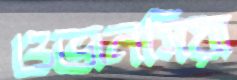
ওভানসিয়া